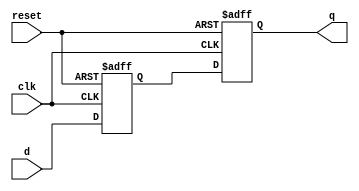
module t_flip_flop(
    input wire clk, // clock signal
    input wire reset, // asynchronous reset signal
    input wire d, // input data signal
    output reg q // output signal
);

// instantiate master D flip-flop
reg master_d;
always @(posedge clk or posedge reset) begin
    if (reset)
        master_d <= 1'b0;
    else
        master_d <= d;
end

// instantiate slave D flip-flop
always @(negedge clk or posedge reset) begin
    if (reset)
        q <= 1'b0;
    else
        q <= master_d;
end

endmodule